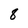
Character: 8